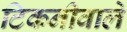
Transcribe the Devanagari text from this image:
टिकनीवाले